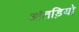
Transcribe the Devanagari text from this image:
आंतड़ियो